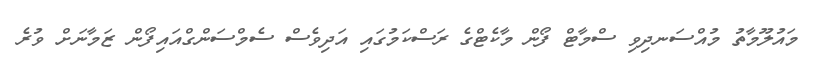
މައުލޫމާތު މުއްސަނދިވި ސްމާޓް ފޯން މާކެޓްގެ ރަސްކަމުގައި އަދިވެސް ސެމްސަންގްއައިފޯން ޒަމާނަށް ވުރެ